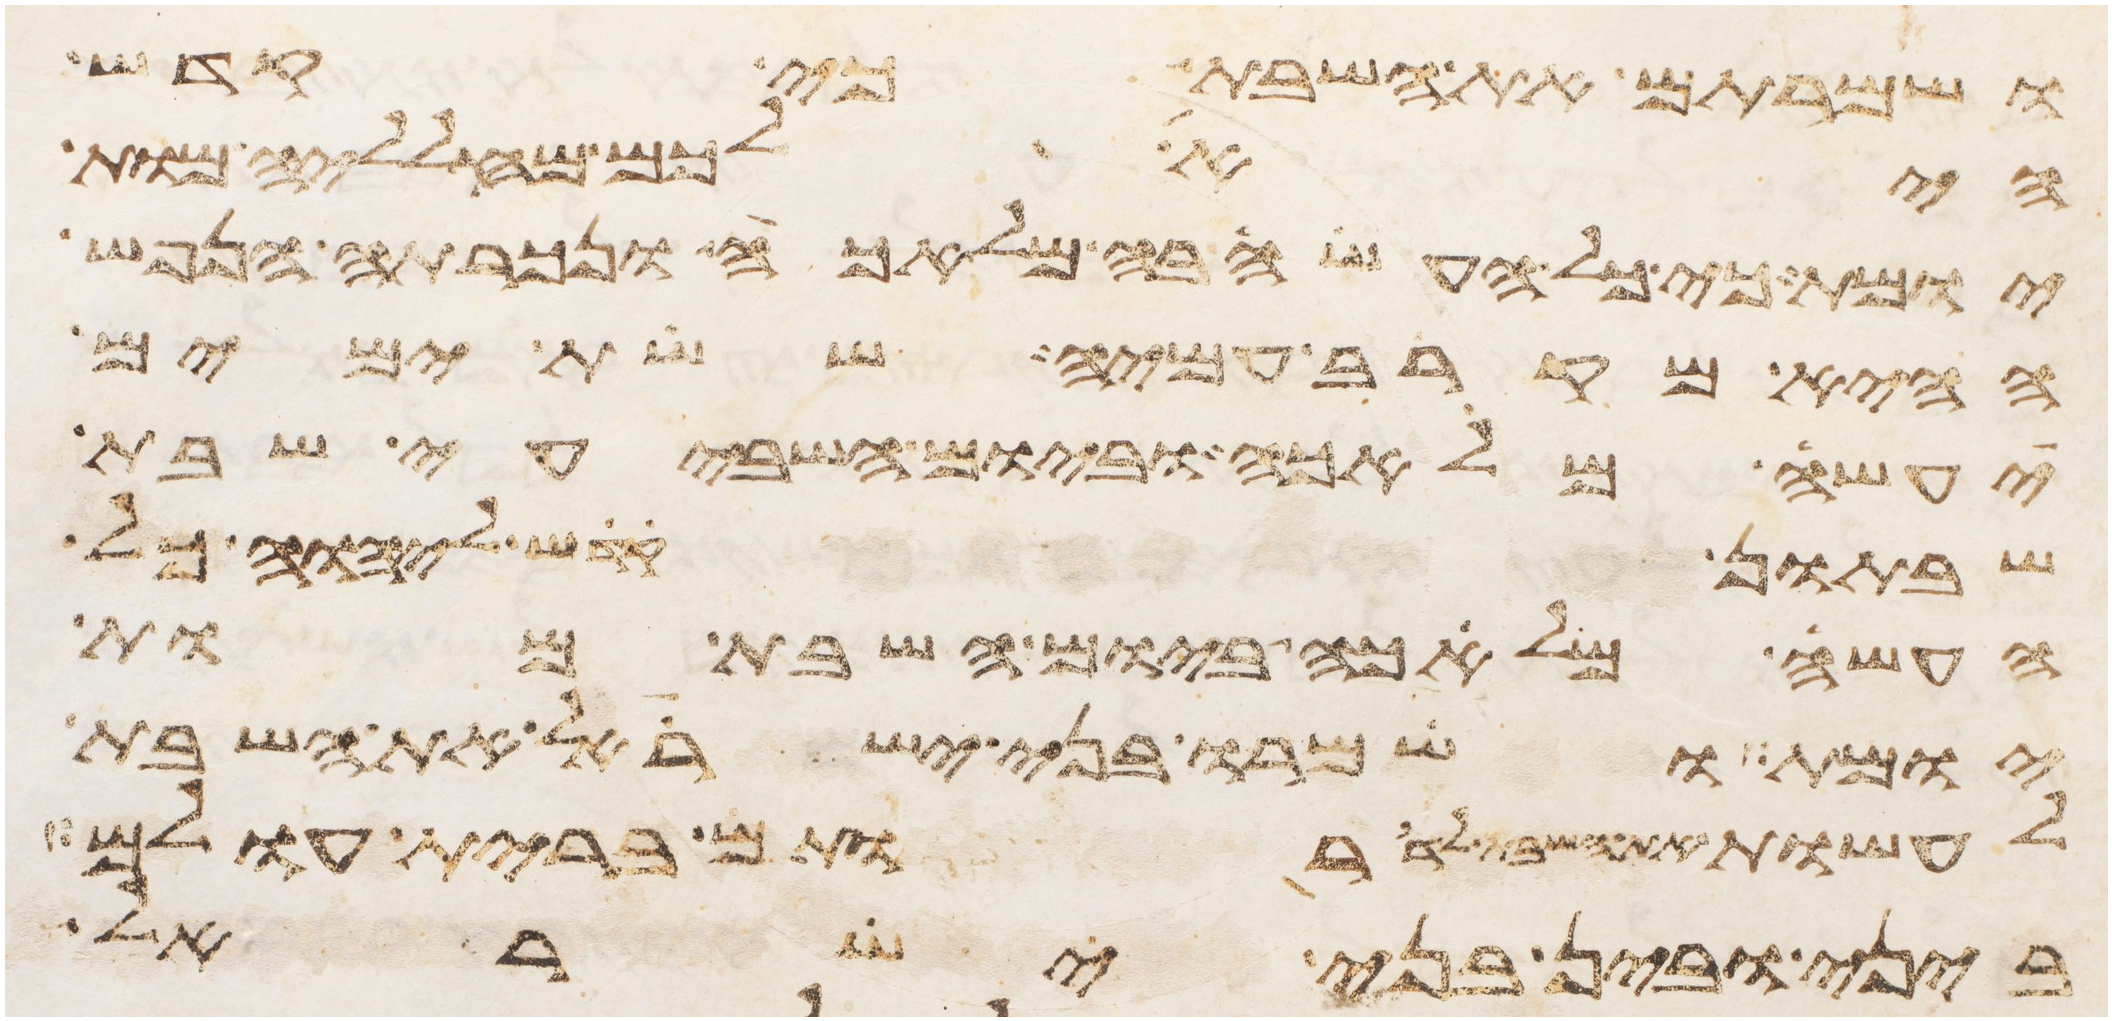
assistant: ושמרתם את השבת כי קדש
היא לכם מחלליה מות
יומת כי כל העשה בה מלאכה ונכרתה הנפש
ההיא מקרב עמיה ששת ימים
יעשה מלאכה וביום השביעי שבת
שבתון קדש ליהוה כל
העשה מלאכה ביום השבת מות
יומת ושמרו בני ישראל את השבת
לעשות את השבת לדרתם ברית עולם
ביני ובין בני ישראל